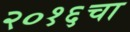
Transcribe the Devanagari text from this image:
२०१६चा